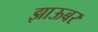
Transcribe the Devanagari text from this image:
झाऊबर